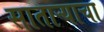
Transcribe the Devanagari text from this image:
साताऱ्याचा